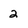
Character: 2